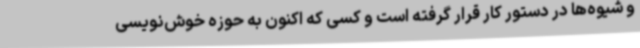
و شیوه‌ها در دستور کار قرار گرفته است و کسی که اکنون به حوزه خوش‌نویسی